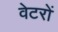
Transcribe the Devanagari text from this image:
वेटरों